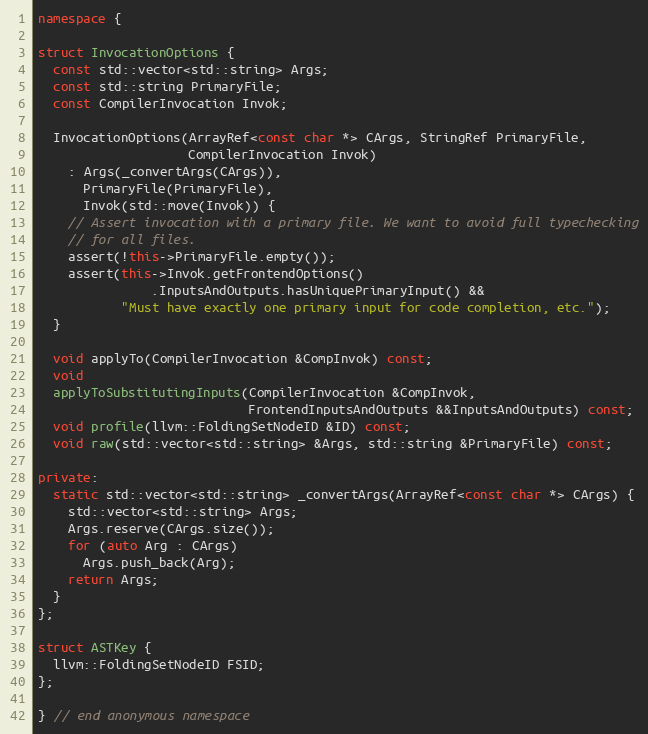
Language: C++
namespace {

struct InvocationOptions {
  const std::vector<std::string> Args;
  const std::string PrimaryFile;
  const CompilerInvocation Invok;

  InvocationOptions(ArrayRef<const char *> CArgs, StringRef PrimaryFile,
                    CompilerInvocation Invok)
    : Args(_convertArgs(CArgs)),
      PrimaryFile(PrimaryFile),
      Invok(std::move(Invok)) {
    // Assert invocation with a primary file. We want to avoid full typechecking
    // for all files.
    assert(!this->PrimaryFile.empty());
    assert(this->Invok.getFrontendOptions()
               .InputsAndOutputs.hasUniquePrimaryInput() &&
           "Must have exactly one primary input for code completion, etc.");
  }

  void applyTo(CompilerInvocation &CompInvok) const;
  void
  applyToSubstitutingInputs(CompilerInvocation &CompInvok,
                            FrontendInputsAndOutputs &&InputsAndOutputs) const;
  void profile(llvm::FoldingSetNodeID &ID) const;
  void raw(std::vector<std::string> &Args, std::string &PrimaryFile) const;

private:
  static std::vector<std::string> _convertArgs(ArrayRef<const char *> CArgs) {
    std::vector<std::string> Args;
    Args.reserve(CArgs.size());
    for (auto Arg : CArgs)
      Args.push_back(Arg);
    return Args;
  }
};

struct ASTKey {
  llvm::FoldingSetNodeID FSID;
};

} // end anonymous namespace